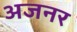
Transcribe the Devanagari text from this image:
अजनर